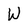
Character: W